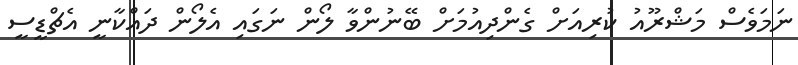
ނަމަވެސް މަޝްރޫއު ކުރިއަށް ގެންދިއުމަށް ބޭނުންވާ ލޯން ނަގައި އެލޯން ދައްކާނީ އެޗްޑީސީ